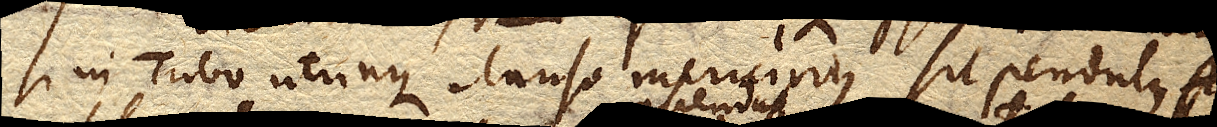
si in Tubo utrinque clauso Mercurius sit pendulus